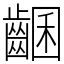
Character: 𪘩